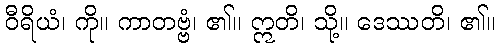
ဝီရိယံ၊ ကို။ ကာတဗ္ဗံ၊ ၏။ ဣတိ၊ သို့။ ဒေဿတိ၊ ၏။